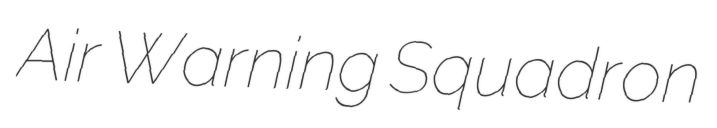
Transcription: Air Warning Squadron